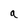
Character: a